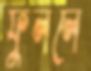
ফুললে